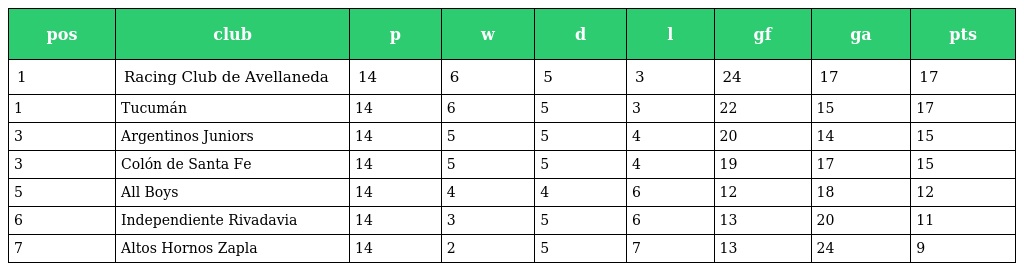
| pos | club | p | w | d | l | gf | ga | pts |
 | --- | --- | --- | --- | --- | --- | --- | --- | --- |
 | 1 | Racing Club de Avellaneda | 14 | 6 | 5 | 3 | 24 | 17 | 17 |
 | 1 | Tucumán | 14 | 6 | 5 | 3 | 22 | 15 | 17 |
 | 3 | Argentinos Juniors | 14 | 5 | 5 | 4 | 20 | 14 | 15 |
 | 3 | Colón de Santa Fe | 14 | 5 | 5 | 4 | 19 | 17 | 15 |
 | 5 | All Boys | 14 | 4 | 4 | 6 | 12 | 18 | 12 |
 | 6 | Independiente Rivadavia | 14 | 3 | 5 | 6 | 13 | 20 | 11 |
 | 7 | Altos Hornos Zapla | 14 | 2 | 5 | 7 | 13 | 24 | 9 |